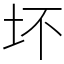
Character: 坏